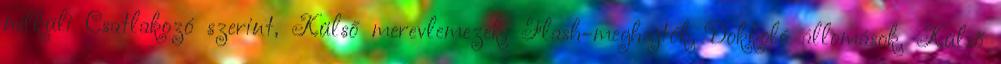
nélküli Csatlakozó szerint, Külső merevlemezek, Flash-meghajtók, Dokkoló állomások, Külső